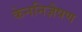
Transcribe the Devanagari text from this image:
केननिज़ैषण